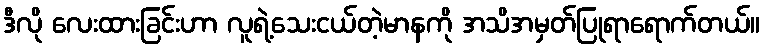
ဒီလို လေးထားခြင်းဟာ လူရဲ့သေးငယ်တဲ့မာနကို အသိအမှတ်ပြုရာရောက်တယ်။